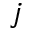
j